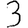
Digit: 3